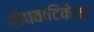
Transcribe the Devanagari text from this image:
रोपवाटिकेला